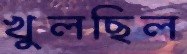
খুলছিল